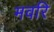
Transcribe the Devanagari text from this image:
मवरि